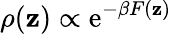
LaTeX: \rho(\mathbf{z})\propto\operatorname{e}^{-\beta F(\mathbf{z})}